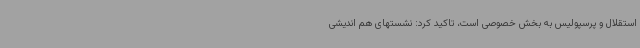
استقلال و پرسپولیس به بخش خصوصی است، تاکید کرد: نشستهای هم اندیشی